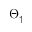
\Theta _ { \uparrow }